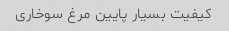
کیفیت بسیار پایین مرغ سوخاری